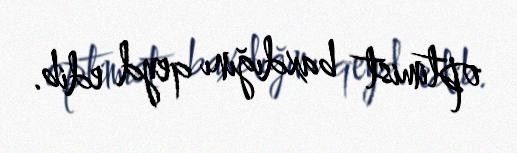
optimist baxdığını qeyd edib.